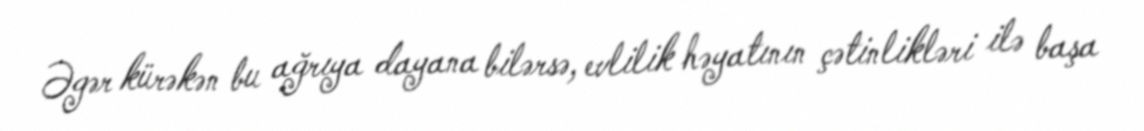
Əgər kürəkən bu ağrıya dayana bilərsə, evlilik həyatının çətinlikləri ilə başa